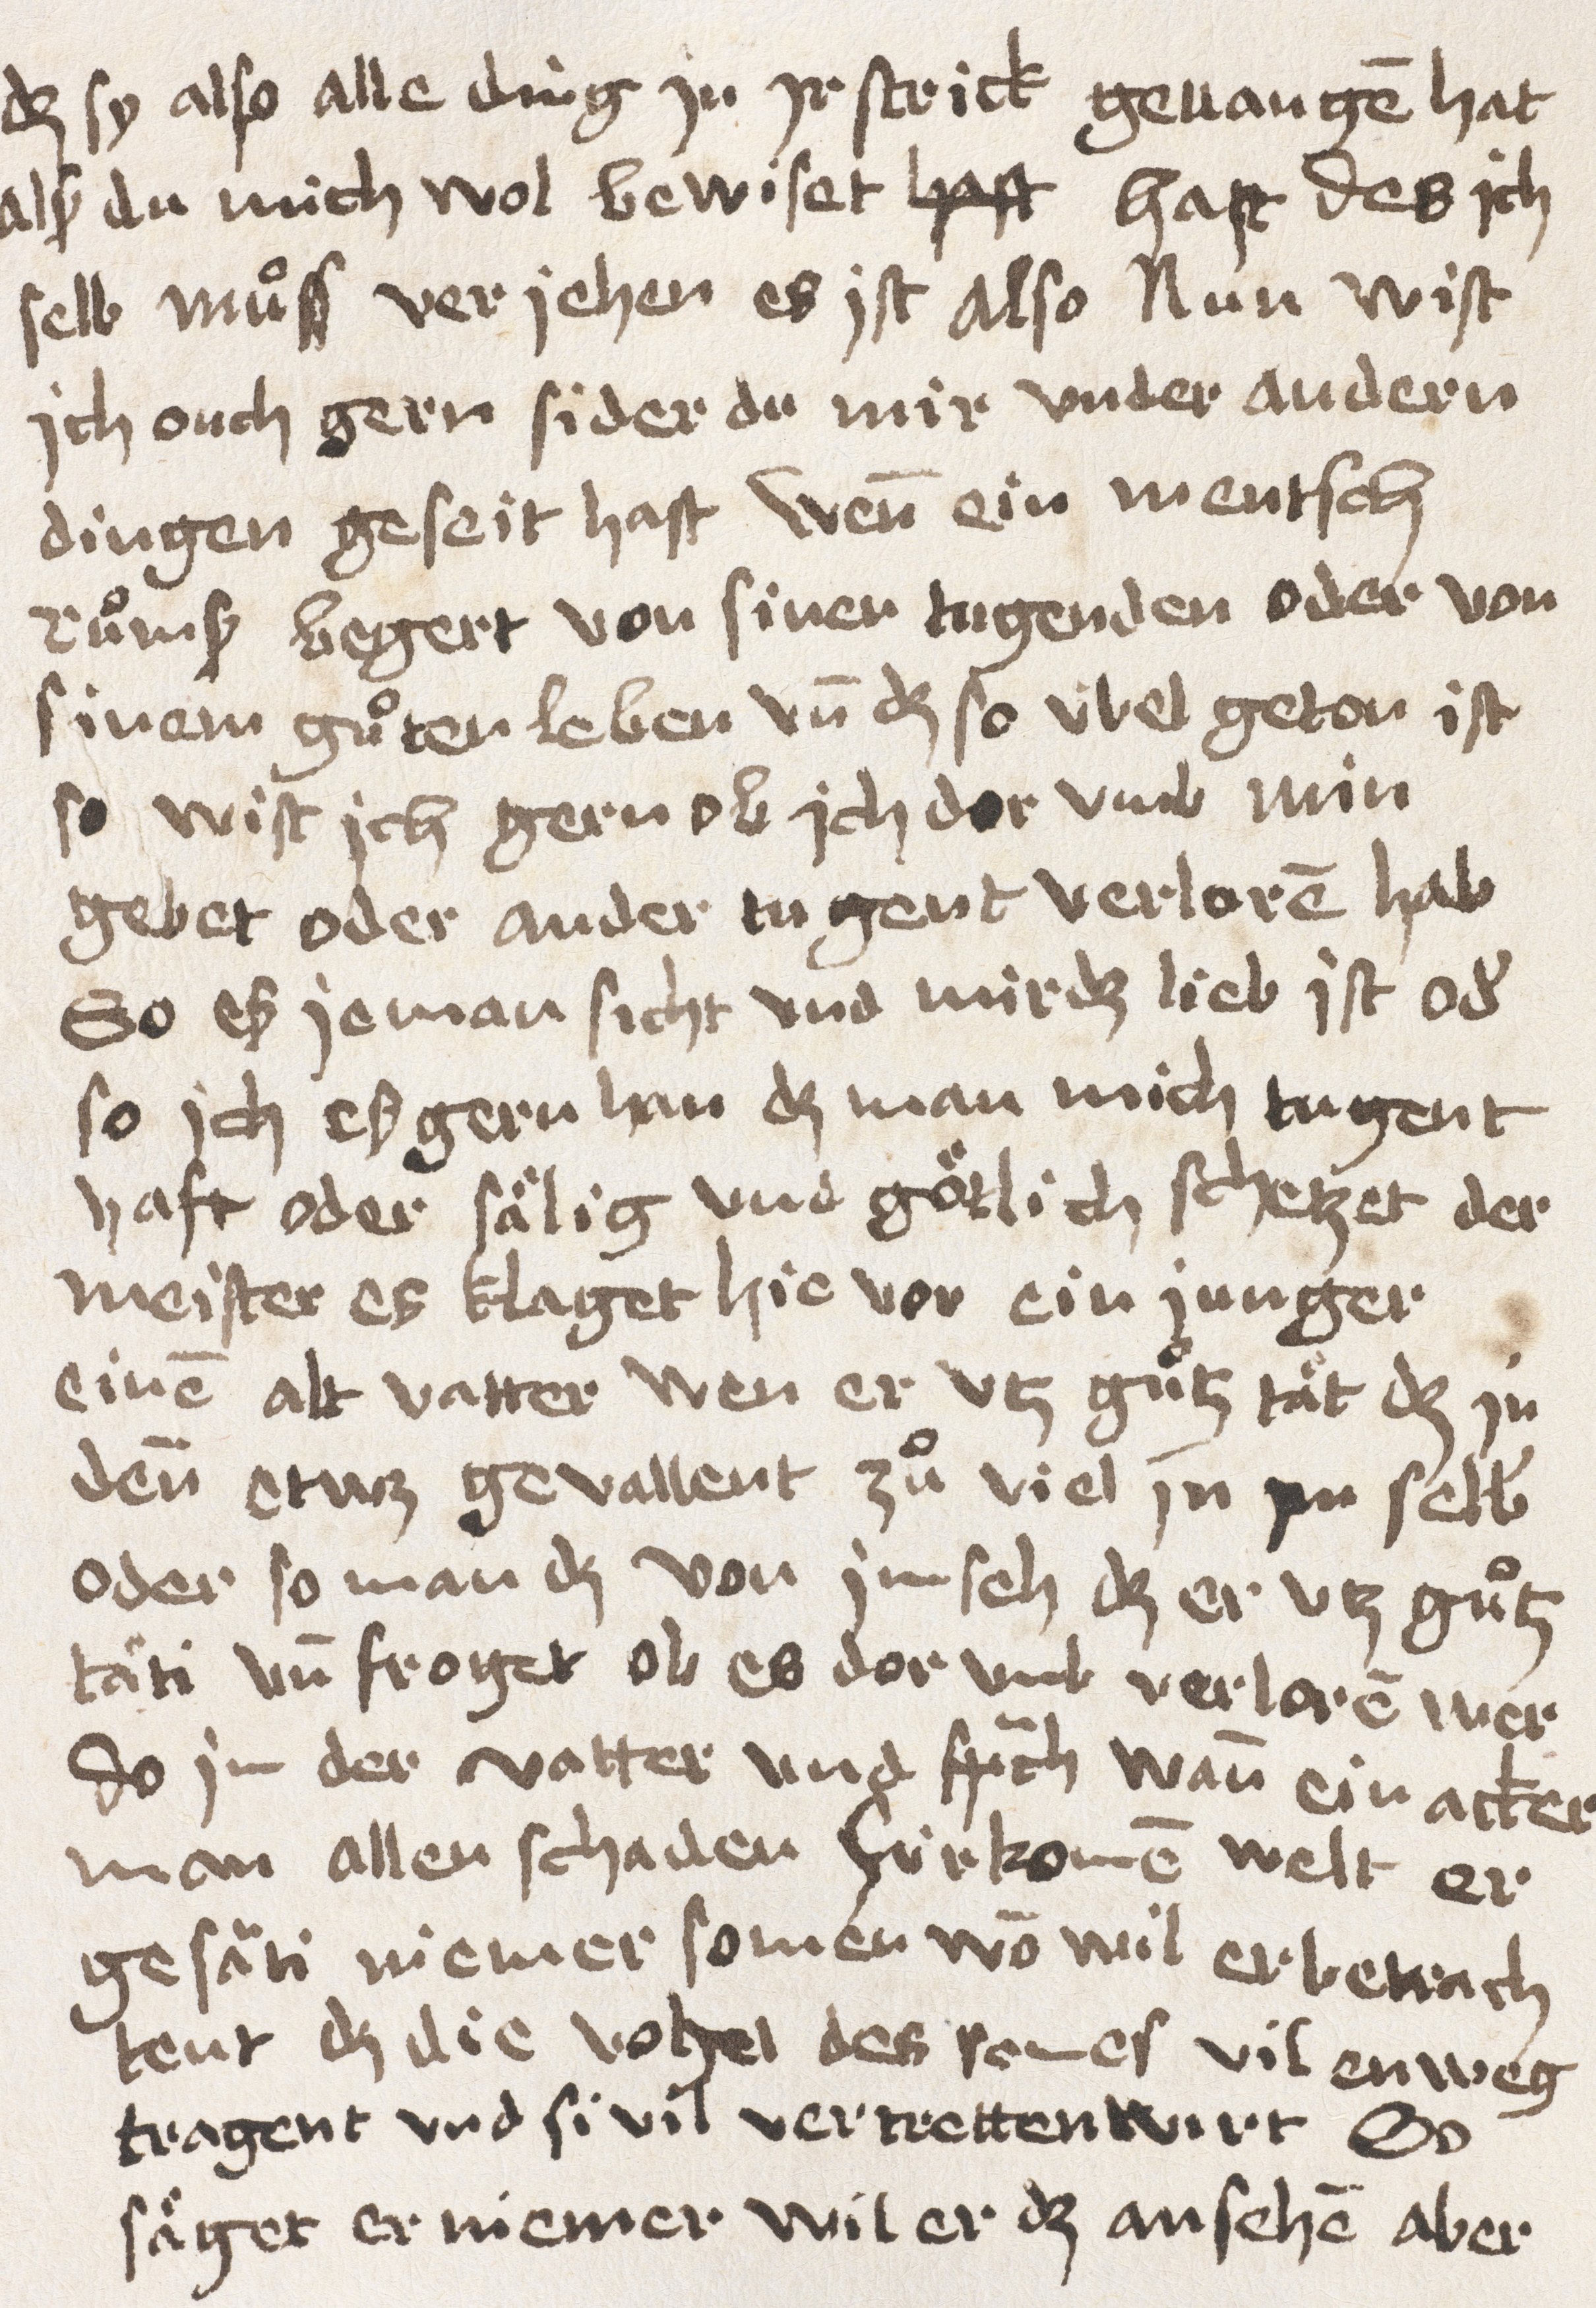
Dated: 1400–1499